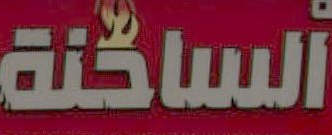
الساخنة